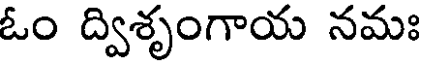
ఓం ద్విశృంగాయ నమః